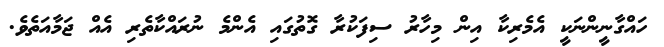
ހައްގާނީންނަކީ އެމެރިކާ އިން މިހާރު ސިފަކުރާ ގޮތުގައި އެންމެ ނުރައްކާތެރި އެއް ޖަމާއަތެވެ.